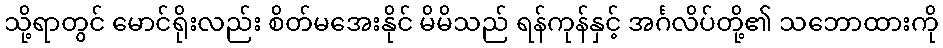
သို့ရာတွင် မောင်ရိုးလည်း စိတ်မအေးနိုင် မိမိသည် ရန်ကုန်နှင့် အင်္ဂလိပ်တို့၏ သဘောထားကို